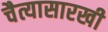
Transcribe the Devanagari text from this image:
चैत्यासारखी